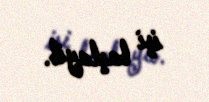
işi başlayıb.